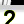
Digit: 2